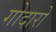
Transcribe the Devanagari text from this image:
गोदारो